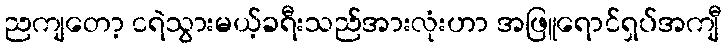
ညကျတော့ ငရဲသွားမယ့်ခရီးသည်အားလုံးဟာ အဖြူရောင်ရှပ်အကျီ